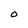
Character: O